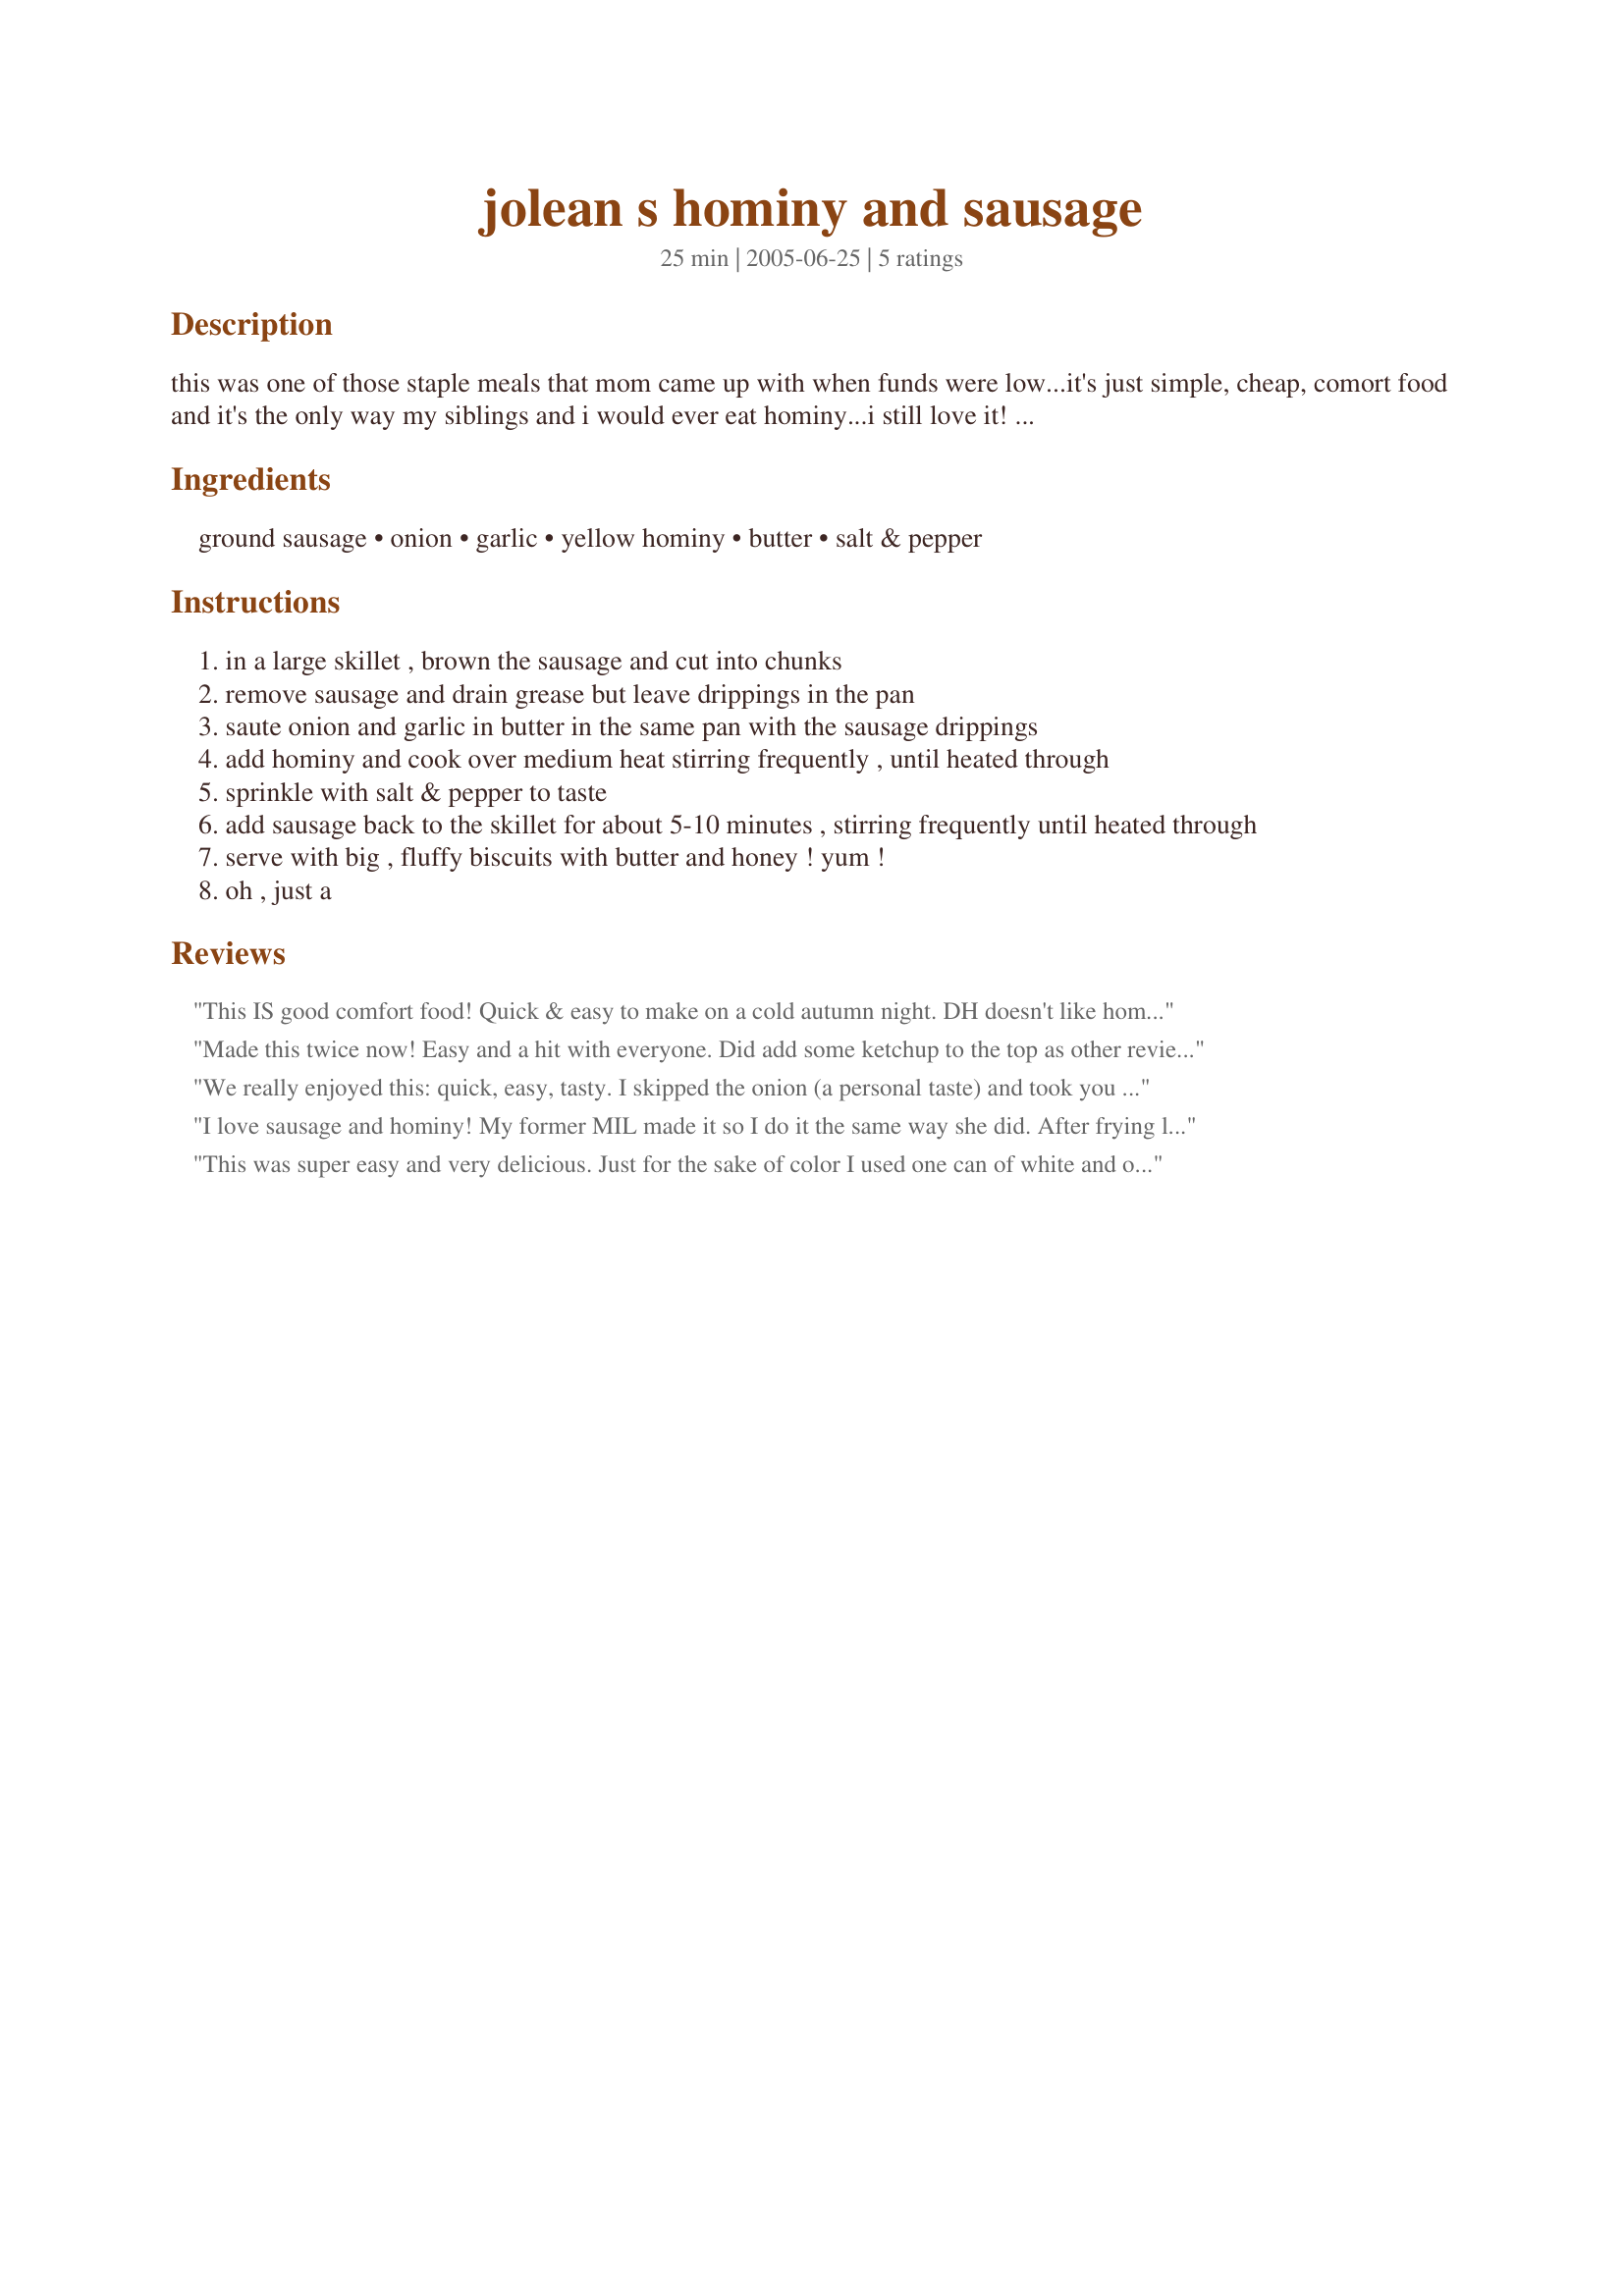
jolean s hominy and sausage
Preparation time: 25 minutes

this was one of those staple meals that mom came up with when funds were low...it's just simple, cheap, comort food and it's the only way my siblings and i would ever eat hominy...i still love it! (note: i add 1 tsp. parsley flakes to it when i season with salt & pepper, but that's not part of the original recipe...and, i prefer to use sage flavored sausage.)

Ingredients:
ground sausage, onion, garlic, yellow hominy, butter, salt & pepper

Steps:
in a large skillet , brown the sausage and cut into chunks
remove sausage and drain grease but leave drippings in the pan
saute onion and garlic in butter in the same pan with the sausage drippings
add hominy and cook over medium heat stirring frequently , until heated through
sprinkle with salt & pepper to taste
add sausage back to the skillet for about 5-10 minutes , stirring frequently until heated through
serve with big , fluffy biscuits with butter and honey ! yum !
oh , just a

Reviews:
This IS good comfort food! Quick & easy to make on a cold autumn night. DH doesn't like hominy & DD2 doesn't like sausage, so he ate her sausage & she ate all his hominy. LOL DS15 & I ate it all. I served it with biscuits smothered in butter & honey. Very satisfying meal. Thanks for passing on another great family recipe. Made in honor of Stacky5.
Made this twice now! Easy and a hit with everyone. Did add some ketchup to the top as other reviewers suggested, and I thought it was even better with the addition. Will definitely make again.
We really enjoyed this: quick, easy, tasty. I skipped the onion (a personal taste) and took you recommendation to put some ketchup on top (yum!). Thank you for mentioning the biscuits and honey, it went perfectly with the dish.
I love sausage and hominy! My former MIL made it so I do it the same way she did. After frying link sausage, I set them aside and drain the grease. I do not use onion or garlic. I drain and rinse a large can (29 oz.) of yellow hominy, add it to the pan and turn the heat to medium high. Cover the pan and shake it often. The hominy will "pop" like popcorn and if you lift the lid it will actually pop out of the pan. I serve it with a salad and veggie.

Thanks Stacky5 for reminding me of a old-timey comfort food. I'm sure the recipe as written would be good, it just wouldn't be the one I remember.
This was super easy and very delicious. Just for the sake of color I used one can of white and one can of yellow hominy. I also used less sausage than the recipe called for, and it was just fine. I maybe had a half pound. I didn't think that it needed any more. I will make this again!
